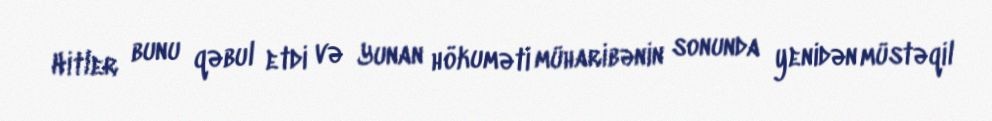
Hitler bunu qəbul etdi və Yunan hökuməti müharibənin sonunda yenidən müstəqil